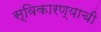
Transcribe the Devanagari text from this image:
स्विकारण्याची